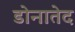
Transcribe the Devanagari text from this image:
डोनातेद